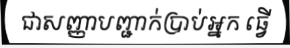
ជាសញ្ញាបញ្ជាក់ប្រាប់អ្នក ធ្វើ